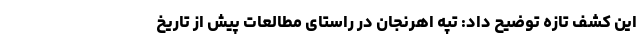
این کشف تازه توضیح داد: تپه اهرنجان در راستای مطالعات پیش از تاریخ